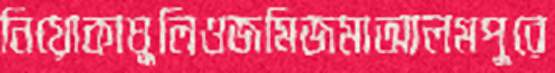
নিয়োকাঘুলিওজমিজমাআলমপুরে